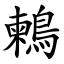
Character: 鶫